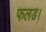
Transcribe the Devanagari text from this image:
फलड।